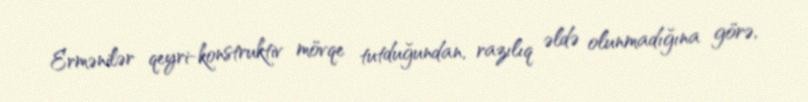
Ermənilər qeyri-konstruktiv mövqe tutduğundan, razılıq əldə olunmadığına görə,